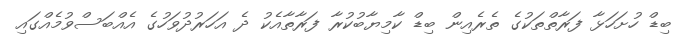
ބިޑް ހުށަހަޅާ ފަރާތްތަކުގެ ތެރެއިން ބިޑް ކާމިޔާބުކުރާ ފަރާތާއެކު ދެ އަހަރުދުވަހުގެ އެއްބަސްވުމެއްގައި